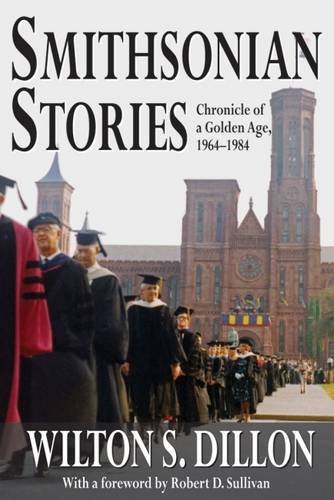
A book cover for Smithsonian Stories: Chronicle of a Golden Age, 1964-1984; Wilton S. Dillon; Business & Money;